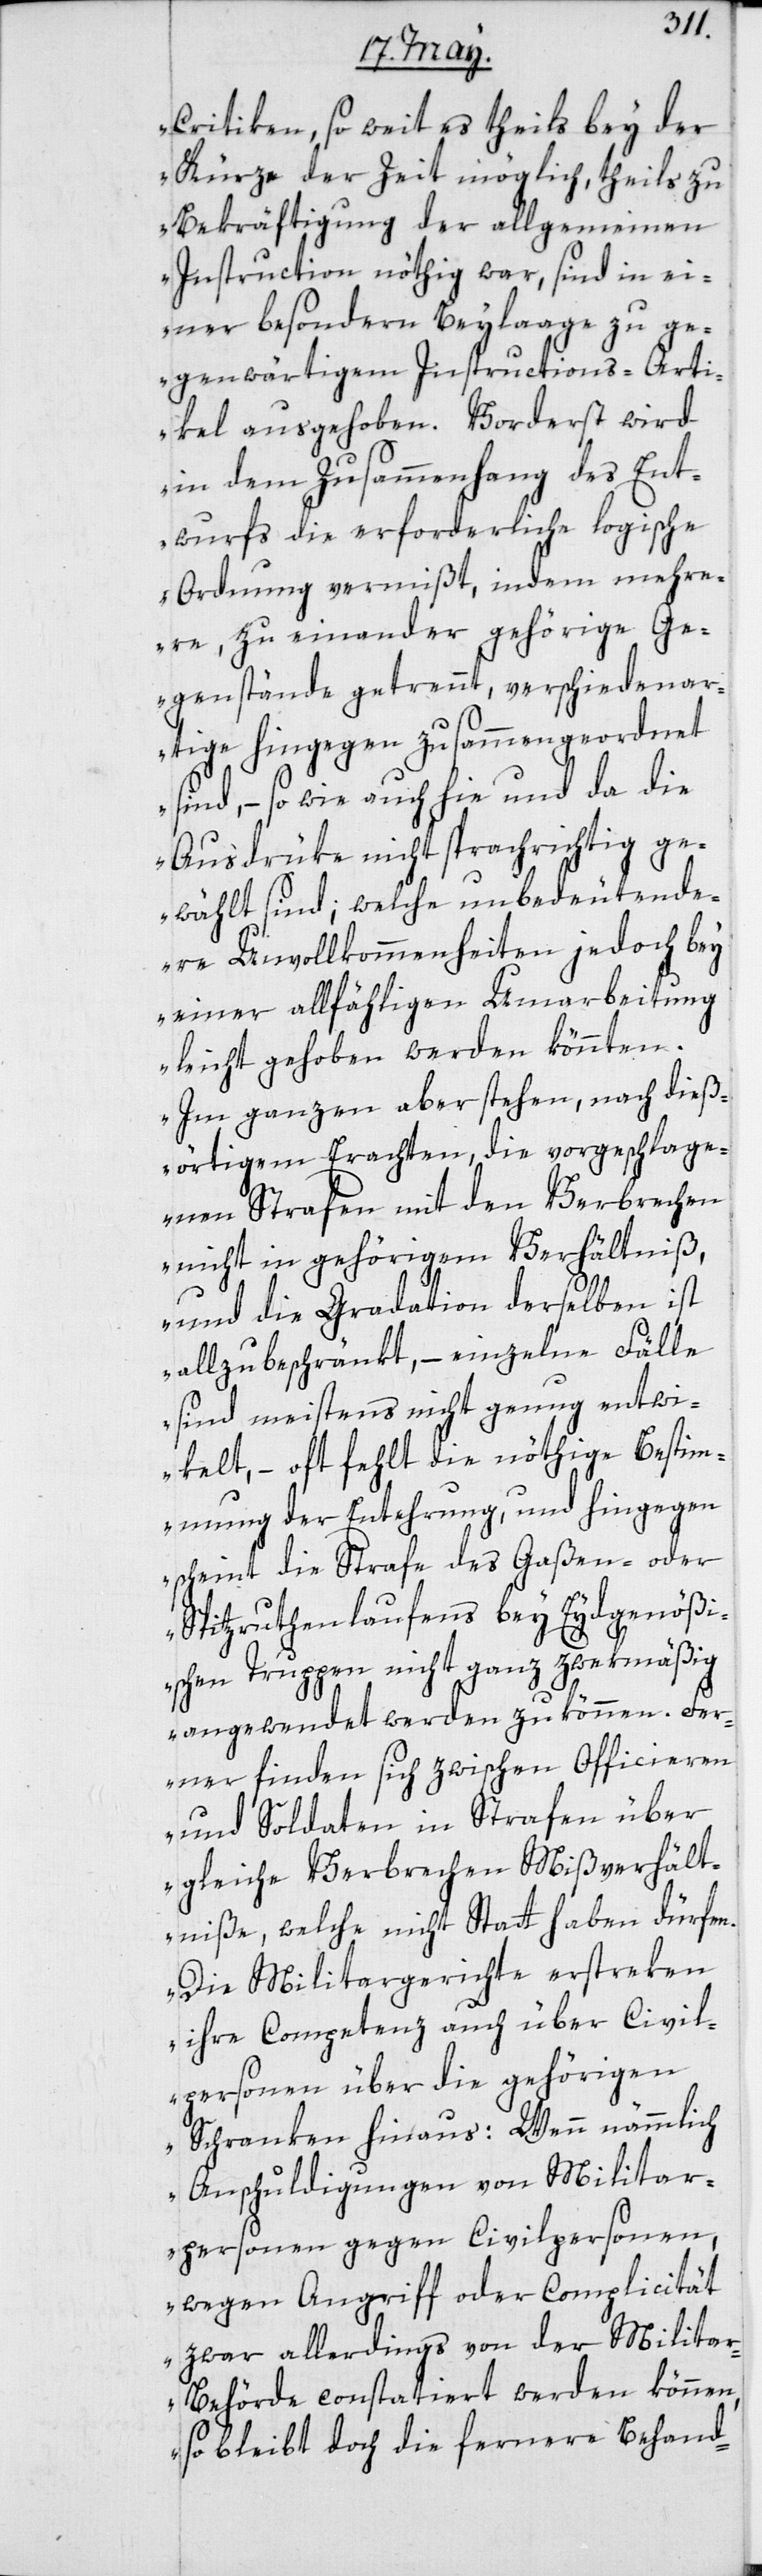
Critiken, soweit es theils bey der
Kürze der Zeit möglich, theils zu
Bekräftigung der allgemeinen
Instruction nöthig war, sind in ei¬
ner besondern Beylaage zu ge¬
genwärtigem Instructions-Arti¬
kel ausgehoben. Vorderst wird
in dem Zusammenhang des Ent¬
wurfs die erforderliche logische
Ordnung vermißt, indem mehre¬
re zu einander gehörige Ge¬
genstände getrennt, verschiedenar¬
tige hingegen zusammengeordnet
sind, – so wie auch hie und da die
Ausdrüke nicht sprachrichtig ge¬
wählt sind; welche unbedeutende¬
re Unvollkommenheiten jedoch bey
einer allfähligen Umarbeitung
leicht gehoben werden könnten.
Im ganzen aber stehen, nach dies¬
örtigem Erachten, die vorgeschlage¬
nen Strafen mit den Verbrechen
nicht in gehörigem Verhältniß,
und die Gradation derselben ist
allzu beschränkt, – einzelne Fälle
sind meistens nicht genug entwi¬
kelt, – oft fehlt die nöthige Bestim¬
mung der Entehrung, und hingegen
scheint die Strafe des Gaßen- oder
Spitzruthenlaufens bey Eydgenößi¬
schen Truppen nicht ganz zwekmäßig
angewendet werden zu können. Fer¬
ner finden sich zwischen Officieren
und Soldaten in Strafen über
gleiche Verbrechen Mißverhält¬
niße, welche nicht Statt haben dürfen.
Die Militargerichte erstreken
ihre Competenz auch über Civil¬
personen über die gehörigen
Schranken hinaus: Wenn nämmlich
Anschuldigungen von Militar¬
personen gegen Civilpersonen,
wegen Angriff oder Complicität
zwar allerdings von der Milita¬
r-Behörde constatiert werden können,
so bleibt doch die fernere Behand-